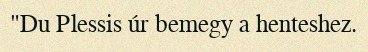
"Du Plessis úr bemegy a henteshez.